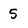
Character: 5